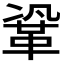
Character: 𮧗